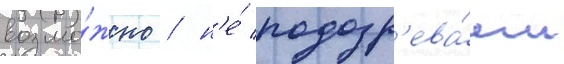
возмо́жно / н'е́ подозр'ева́ем